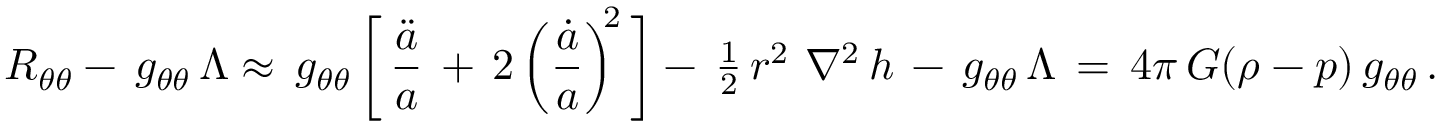
R _ { \theta \theta } - \, g _ { \theta \theta } \, \Lambda \approx \, g _ { \theta \theta } \, \biggl [ \, \frac { \ddot { a } } { a } \, + \, 2 \left( \frac { \dot { a } } { a } \right) ^ { \! \! 2 } \, \biggr ] - \, \textstyle { \frac { 1 } { 2 } } \, r ^ { 2 } \, \, \nabla ^ { 2 } \, h \, - \, g _ { \theta \theta } \, \Lambda \, = \, 4 \pi \, G ( \rho - p ) \, g _ { \theta \theta } \, .